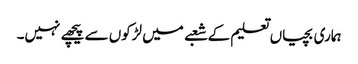
ہماری بچیاں تعلیم کے شعبے میں لڑکوں سے پیچھے نہیں۔